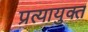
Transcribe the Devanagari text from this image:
प्रत्यायुक्त